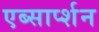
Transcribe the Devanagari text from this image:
एब्सार्प्शन